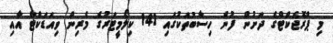
މި ޕްރޮޖެކްޓްގެ ދަށުން ފުން ހިސާބުތަކުގައި 141 ކިލޯމީޓަރުގެ މެރިން ވިއަޑަކްޓް އާއި